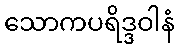
သောကပရိဒ္ဒဝါနံ